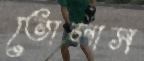
তোলাস